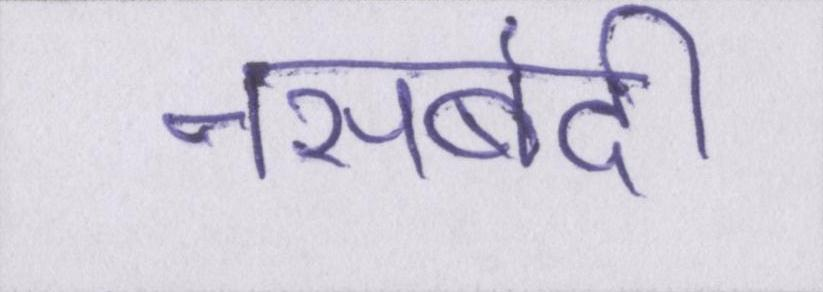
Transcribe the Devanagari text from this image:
नसबंदी